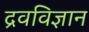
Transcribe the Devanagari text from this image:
द्रवविज्ञान